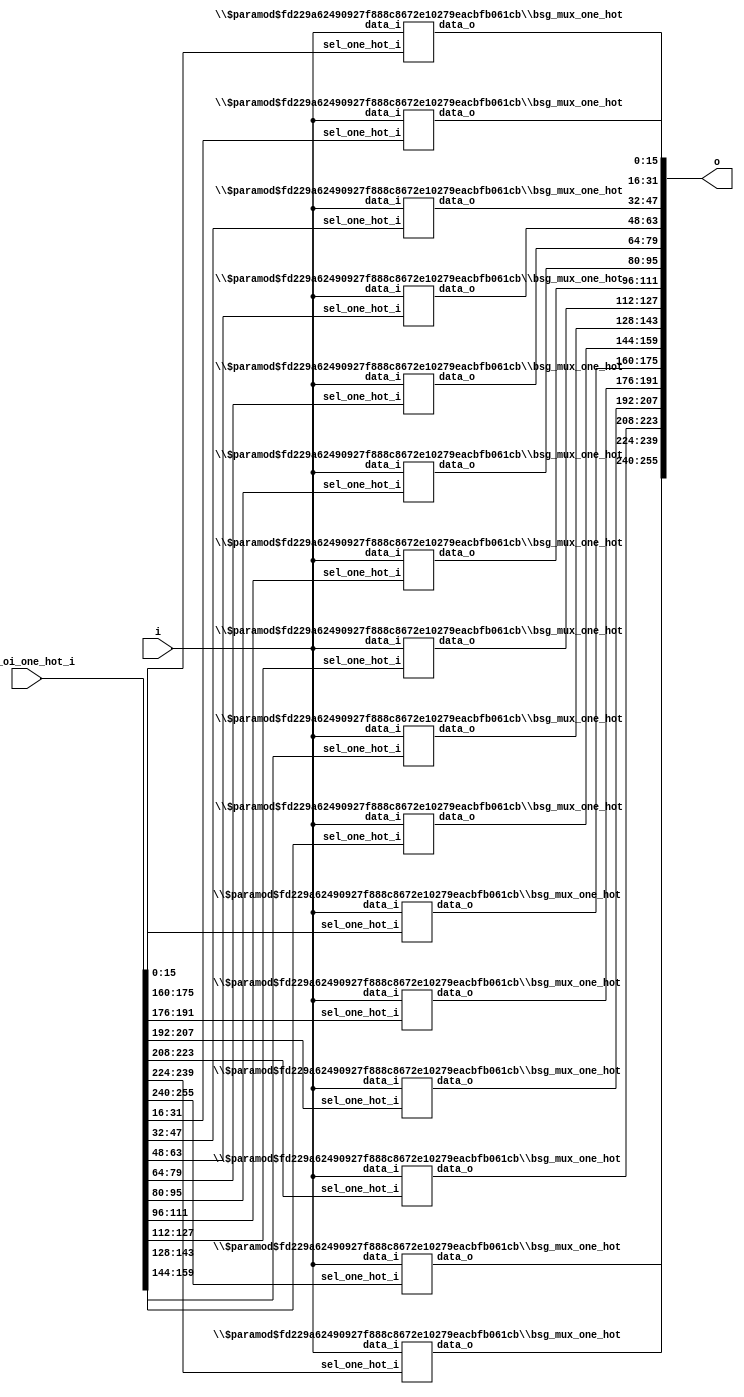
/* Generated by Yosys 0.27+9 (git sha1 101d19bb6, gcc 11.2.0-7ubuntu2 -fPIC -Os) */


module \$paramod$fd229a62490927f888c8672e10279eacbfb061cb\bsg_mux_one_hot (data_i, sel_one_hot_i, data_o);
  wire _000_;
  wire _001_;
  wire _002_;
  wire _003_;
  wire _004_;
  wire _005_;
  wire _006_;
  wire _007_;
  wire _008_;
  wire _009_;
  wire _010_;
  wire _011_;
  wire _012_;
  wire _013_;
  wire _014_;
  wire _015_;
  wire _016_;
  wire _017_;
  wire _018_;
  wire _019_;
  wire _020_;
  wire _021_;
  wire _022_;
  wire _023_;
  wire _024_;
  wire _025_;
  wire _026_;
  wire _027_;
  wire _028_;
  wire _029_;
  wire _030_;
  wire _031_;
  wire _032_;
  wire _033_;
  wire _034_;
  wire _035_;
  wire _036_;
  wire _037_;
  wire _038_;
  wire _039_;
  wire _040_;
  wire _041_;
  wire _042_;
  wire _043_;
  wire _044_;
  wire _045_;
  wire _046_;
  wire _047_;
  wire _048_;
  wire _049_;
  wire _050_;
  wire _051_;
  wire _052_;
  wire _053_;
  wire _054_;
  wire _055_;
  wire _056_;
  wire _057_;
  wire _058_;
  wire _059_;
  wire _060_;
  wire _061_;
  wire _062_;
  wire _063_;
  wire _064_;
  wire _065_;
  wire _066_;
  wire _067_;
  wire _068_;
  wire _069_;
  wire _070_;
  wire _071_;
  wire _072_;
  wire _073_;
  wire _074_;
  wire _075_;
  wire _076_;
  wire _077_;
  wire _078_;
  wire _079_;
  wire _080_;
  wire _081_;
  wire _082_;
  wire _083_;
  wire _084_;
  wire _085_;
  wire _086_;
  wire _087_;
  wire _088_;
  wire _089_;
  wire _090_;
  wire _091_;
  wire _092_;
  wire _093_;
  wire _094_;
  wire _095_;
  wire _096_;
  wire _097_;
  wire _098_;
  wire _099_;
  wire _100_;
  wire _101_;
  wire _102_;
  wire _103_;
  wire _104_;
  wire _105_;
  wire _106_;
  wire _107_;
  wire _108_;
  wire _109_;
  wire _110_;
  wire _111_;
  wire _112_;
  wire _113_;
  wire _114_;
  wire _115_;
  wire _116_;
  wire _117_;
  wire _118_;
  wire _119_;
  wire _120_;
  wire _121_;
  wire _122_;
  wire _123_;
  wire _124_;
  wire _125_;
  wire _126_;
  wire _127_;
  wire _128_;
  wire _129_;
  wire _130_;
  wire _131_;
  wire _132_;
  wire _133_;
  wire _134_;
  wire _135_;
  wire _136_;
  wire _137_;
  wire _138_;
  wire _139_;
  wire _140_;
  wire _141_;
  wire _142_;
  wire _143_;
  wire _144_;
  wire _145_;
  wire _146_;
  wire _147_;
  wire _148_;
  wire _149_;
  wire _150_;
  wire _151_;
  wire _152_;
  wire _153_;
  wire _154_;
  wire _155_;
  wire _156_;
  wire _157_;
  wire _158_;
  wire _159_;
  wire _160_;
  wire _161_;
  wire _162_;
  wire _163_;
  wire _164_;
  wire _165_;
  wire _166_;
  wire _167_;
  wire _168_;
  wire _169_;
  wire _170_;
  wire _171_;
  wire _172_;
  wire _173_;
  wire _174_;
  wire _175_;
  wire _176_;
  wire _177_;
  wire _178_;
  wire _179_;
  wire _180_;
  wire _181_;
  wire _182_;
  wire _183_;
  wire _184_;
  wire _185_;
  wire _186_;
  wire _187_;
  wire _188_;
  wire _189_;
  wire _190_;
  wire _191_;
  wire _192_;
  wire _193_;
  wire _194_;
  wire _195_;
  wire _196_;
  wire _197_;
  wire _198_;
  wire _199_;
  wire _200_;
  wire _201_;
  wire _202_;
  wire _203_;
  wire _204_;
  wire _205_;
  wire _206_;
  wire _207_;
  wire _208_;
  wire _209_;
  wire _210_;
  wire _211_;
  wire _212_;
  wire _213_;
  wire _214_;
  wire _215_;
  wire _216_;
  wire _217_;
  wire _218_;
  wire _219_;
  wire _220_;
  wire _221_;
  wire _222_;
  wire _223_;
  wire _224_;
  wire _225_;
  wire _226_;
  wire _227_;
  wire _228_;
  wire _229_;
  wire _230_;
  wire _231_;
  wire _232_;
  wire _233_;
  wire _234_;
  wire _235_;
  wire _236_;
  wire _237_;
  wire _238_;
  wire _239_;
  wire _240_;
  wire _241_;
  wire _242_;
  wire _243_;
  wire _244_;
  wire _245_;
  wire _246_;
  wire _247_;
  wire _248_;
  wire _249_;
  wire _250_;
  wire _251_;
  wire _252_;
  wire _253_;
  wire _254_;
  wire _255_;
  wire _256_;
  wire _257_;
  wire _258_;
  wire _259_;
  wire _260_;
  wire _261_;
  wire _262_;
  wire _263_;
  wire _264_;
  wire _265_;
  wire _266_;
  wire _267_;
  wire _268_;
  wire _269_;
  wire _270_;
  wire _271_;
  wire _272_;
  wire _273_;
  wire _274_;
  wire _275_;
  wire _276_;
  wire _277_;
  wire _278_;
  wire _279_;
  wire _280_;
  wire _281_;
  wire _282_;
  wire _283_;
  wire _284_;
  wire _285_;
  wire _286_;
  wire _287_;
  wire _288_;
  wire _289_;
  wire _290_;
  wire _291_;
  wire _292_;
  wire _293_;
  wire _294_;
  wire _295_;
  wire _296_;
  wire _297_;
  wire _298_;
  wire _299_;
  wire _300_;
  wire _301_;
  wire _302_;
  wire _303_;
  wire _304_;
  wire _305_;
  wire _306_;
  wire _307_;
  wire _308_;
  wire _309_;
  wire _310_;
  wire _311_;
  wire _312_;
  wire _313_;
  wire _314_;
  wire _315_;
  wire _316_;
  wire _317_;
  wire _318_;
  wire _319_;
  wire _320_;
  wire _321_;
  wire _322_;
  wire _323_;
  wire _324_;
  wire _325_;
  wire _326_;
  wire _327_;
  wire _328_;
  wire _329_;
  wire _330_;
  wire _331_;
  wire _332_;
  wire _333_;
  wire _334_;
  wire _335_;
  wire _336_;
  wire _337_;
  wire _338_;
  wire _339_;
  wire _340_;
  wire _341_;
  wire _342_;
  wire _343_;
  wire _344_;
  wire _345_;
  wire _346_;
  wire _347_;
  wire _348_;
  wire _349_;
  wire _350_;
  wire _351_;
  wire _352_;
  wire _353_;
  wire _354_;
  wire _355_;
  wire _356_;
  wire _357_;
  wire _358_;
  wire _359_;
  wire _360_;
  wire _361_;
  wire _362_;
  wire _363_;
  wire _364_;
  wire _365_;
  wire _366_;
  wire _367_;
  wire _368_;
  wire _369_;
  wire _370_;
  wire _371_;
  wire _372_;
  wire _373_;
  wire _374_;
  wire _375_;
  wire _376_;
  wire _377_;
  wire _378_;
  wire _379_;
  wire _380_;
  wire _381_;
  wire _382_;
  wire _383_;
  wire _384_;
  wire _385_;
  wire _386_;
  wire _387_;
  wire _388_;
  wire _389_;
  wire _390_;
  wire _391_;
  wire _392_;
  wire _393_;
  wire _394_;
  wire _395_;
  wire _396_;
  wire _397_;
  wire _398_;
  wire _399_;
  wire _400_;
  wire _401_;
  wire _402_;
  wire _403_;
  wire _404_;
  wire _405_;
  wire _406_;
  wire _407_;
  wire _408_;
  wire _409_;
  wire _410_;
  wire _411_;
  wire _412_;
  wire _413_;
  wire _414_;
  wire _415_;
  wire _416_;
  wire _417_;
  wire _418_;
  wire _419_;
  wire _420_;
  wire _421_;
  wire _422_;
  wire _423_;
  wire _424_;
  wire _425_;
  wire _426_;
  wire _427_;
  wire _428_;
  wire _429_;
  wire _430_;
  wire _431_;
  wire _432_;
  wire _433_;
  wire _434_;
  wire _435_;
  wire _436_;
  wire _437_;
  wire _438_;
  wire _439_;
  wire _440_;
  wire _441_;
  wire _442_;
  wire _443_;
  wire _444_;
  wire _445_;
  wire _446_;
  wire _447_;
  wire _448_;
  wire _449_;
  wire _450_;
  wire _451_;
  wire _452_;
  wire _453_;
  wire _454_;
  wire _455_;
  wire _456_;
  wire _457_;
  wire _458_;
  wire _459_;
  wire _460_;
  wire _461_;
  wire _462_;
  wire _463_;
  wire _464_;
  wire _465_;
  wire _466_;
  wire _467_;
  wire _468_;
  wire _469_;
  wire _470_;
  wire _471_;
  wire _472_;
  wire _473_;
  wire _474_;
  wire _475_;
  wire _476_;
  wire _477_;
  wire _478_;
  wire _479_;
  
  input [255:0] data_i;
  wire [255:0] data_i;
  
  output [15:0] data_o;
  wire [15:0] data_o;
  
  input [15:0] sel_one_hot_i;
  wire [15:0] sel_one_hot_i;
  assign _319_ = data_i[186] & sel_one_hot_i[11];
  assign _320_ = _319_ | _318_;
  assign _321_ = _320_ | _317_;
  assign _322_ = data_i[202] & sel_one_hot_i[12];
  assign _323_ = data_i[218] & sel_one_hot_i[13];
  assign _324_ = _323_ | _322_;
  assign _325_ = data_i[234] & sel_one_hot_i[14];
  assign _326_ = data_i[250] & sel_one_hot_i[15];
  assign _327_ = _326_ | _325_;
  assign _328_ = _327_ | _324_;
  assign _329_ = _328_ | _321_;
  assign data_o[10] = _329_ | _314_;
  assign _330_ = data_i[11] & sel_one_hot_i[0];
  assign _331_ = data_i[27] & sel_one_hot_i[1];
  assign _332_ = _331_ | _330_;
  assign _333_ = data_i[43] & sel_one_hot_i[2];
  assign _334_ = data_i[59] & sel_one_hot_i[3];
  assign _335_ = _334_ | _333_;
  assign _336_ = _335_ | _332_;
  assign _337_ = data_i[75] & sel_one_hot_i[4];
  assign _338_ = data_i[91] & sel_one_hot_i[5];
  assign _339_ = _338_ | _337_;
  assign _340_ = data_i[107] & sel_one_hot_i[6];
  assign _341_ = data_i[123] & sel_one_hot_i[7];
  assign _342_ = _341_ | _340_;
  assign _343_ = _342_ | _339_;
  assign _344_ = _343_ | _336_;
  assign _345_ = data_i[139] & sel_one_hot_i[8];
  assign _346_ = data_i[155] & sel_one_hot_i[9];
  assign _347_ = _346_ | _345_;
  assign _348_ = data_i[171] & sel_one_hot_i[10];
  assign _349_ = data_i[187] & sel_one_hot_i[11];
  assign _350_ = _349_ | _348_;
  assign _351_ = _350_ | _347_;
  assign _352_ = data_i[203] & sel_one_hot_i[12];
  assign _353_ = data_i[219] & sel_one_hot_i[13];
  assign _354_ = _353_ | _352_;
  assign _355_ = data_i[235] & sel_one_hot_i[14];
  assign _356_ = data_i[251] & sel_one_hot_i[15];
  assign _357_ = _356_ | _355_;
  assign _358_ = _357_ | _354_;
  assign _359_ = _358_ | _351_;
  assign data_o[11] = _359_ | _344_;
  assign _360_ = data_i[12] & sel_one_hot_i[0];
  assign _361_ = data_i[28] & sel_one_hot_i[1];
  assign _362_ = _361_ | _360_;
  assign _363_ = data_i[44] & sel_one_hot_i[2];
  assign _364_ = data_i[60] & sel_one_hot_i[3];
  assign _365_ = _364_ | _363_;
  assign _366_ = _365_ | _362_;
  assign _367_ = data_i[76] & sel_one_hot_i[4];
  assign _368_ = data_i[92] & sel_one_hot_i[5];
  assign _369_ = _368_ | _367_;
  assign _370_ = data_i[108] & sel_one_hot_i[6];
  assign _371_ = data_i[124] & sel_one_hot_i[7];
  assign _372_ = _371_ | _370_;
  assign _373_ = _372_ | _369_;
  assign _374_ = _373_ | _366_;
  assign _375_ = data_i[140] & sel_one_hot_i[8];
  assign _376_ = data_i[156] & sel_one_hot_i[9];
  assign _377_ = _376_ | _375_;
  assign _378_ = data_i[172] & sel_one_hot_i[10];
  assign _379_ = data_i[188] & sel_one_hot_i[11];
  assign _380_ = _379_ | _378_;
  assign _381_ = _380_ | _377_;
  assign _382_ = data_i[204] & sel_one_hot_i[12];
  assign _383_ = data_i[220] & sel_one_hot_i[13];
  assign _384_ = _383_ | _382_;
  assign _385_ = data_i[236] & sel_one_hot_i[14];
  assign _386_ = data_i[252] & sel_one_hot_i[15];
  assign _387_ = _386_ | _385_;
  assign _388_ = _387_ | _384_;
  assign _389_ = _388_ | _381_;
  assign data_o[12] = _389_ | _374_;
  assign _390_ = data_i[13] & sel_one_hot_i[0];
  assign _391_ = data_i[29] & sel_one_hot_i[1];
  assign _392_ = _391_ | _390_;
  assign _393_ = data_i[45] & sel_one_hot_i[2];
  assign _394_ = data_i[61] & sel_one_hot_i[3];
  assign _395_ = _394_ | _393_;
  assign _396_ = _395_ | _392_;
  assign _397_ = data_i[77] & sel_one_hot_i[4];
  assign _398_ = data_i[93] & sel_one_hot_i[5];
  assign _399_ = _398_ | _397_;
  assign _400_ = data_i[109] & sel_one_hot_i[6];
  assign _401_ = data_i[125] & sel_one_hot_i[7];
  assign _402_ = _401_ | _400_;
  assign _403_ = _402_ | _399_;
  assign _404_ = _403_ | _396_;
  assign _405_ = data_i[141] & sel_one_hot_i[8];
  assign _406_ = data_i[157] & sel_one_hot_i[9];
  assign _407_ = _406_ | _405_;
  assign _408_ = data_i[173] & sel_one_hot_i[10];
  assign _409_ = data_i[189] & sel_one_hot_i[11];
  assign _410_ = _409_ | _408_;
  assign _411_ = _410_ | _407_;
  assign _412_ = data_i[205] & sel_one_hot_i[12];
  assign _413_ = data_i[221] & sel_one_hot_i[13];
  assign _414_ = _413_ | _412_;
  assign _415_ = data_i[237] & sel_one_hot_i[14];
  assign _416_ = data_i[253] & sel_one_hot_i[15];
  assign _417_ = _416_ | _415_;
  assign _418_ = _417_ | _414_;
  assign _419_ = _418_ | _411_;
  assign data_o[13] = _419_ | _404_;
  assign _420_ = data_i[14] & sel_one_hot_i[0];
  assign _421_ = data_i[30] & sel_one_hot_i[1];
  assign _422_ = _421_ | _420_;
  assign _423_ = data_i[46] & sel_one_hot_i[2];
  assign _424_ = data_i[62] & sel_one_hot_i[3];
  assign _425_ = _424_ | _423_;
  assign _426_ = _425_ | _422_;
  assign _427_ = data_i[78] & sel_one_hot_i[4];
  assign _428_ = data_i[94] & sel_one_hot_i[5];
  assign _429_ = _428_ | _427_;
  assign _430_ = data_i[110] & sel_one_hot_i[6];
  assign _431_ = data_i[126] & sel_one_hot_i[7];
  assign _432_ = _431_ | _430_;
  assign _433_ = _432_ | _429_;
  assign _434_ = _433_ | _426_;
  assign _435_ = data_i[142] & sel_one_hot_i[8];
  assign _436_ = data_i[158] & sel_one_hot_i[9];
  assign _437_ = _436_ | _435_;
  assign _438_ = data_i[174] & sel_one_hot_i[10];
  assign _439_ = data_i[190] & sel_one_hot_i[11];
  assign _440_ = _439_ | _438_;
  assign _441_ = _440_ | _437_;
  assign _442_ = data_i[206] & sel_one_hot_i[12];
  assign _443_ = data_i[222] & sel_one_hot_i[13];
  assign _444_ = _443_ | _442_;
  assign _445_ = data_i[238] & sel_one_hot_i[14];
  assign _446_ = data_i[254] & sel_one_hot_i[15];
  assign _447_ = _446_ | _445_;
  assign _448_ = _447_ | _444_;
  assign _449_ = _448_ | _441_;
  assign data_o[14] = _449_ | _434_;
  assign _450_ = data_i[15] & sel_one_hot_i[0];
  assign _451_ = data_i[31] & sel_one_hot_i[1];
  assign _452_ = _451_ | _450_;
  assign _453_ = data_i[47] & sel_one_hot_i[2];
  assign _454_ = data_i[63] & sel_one_hot_i[3];
  assign _455_ = _454_ | _453_;
  assign _456_ = _455_ | _452_;
  assign _457_ = data_i[79] & sel_one_hot_i[4];
  assign _458_ = data_i[95] & sel_one_hot_i[5];
  assign _459_ = _458_ | _457_;
  assign _460_ = data_i[111] & sel_one_hot_i[6];
  assign _461_ = data_i[127] & sel_one_hot_i[7];
  assign _462_ = _461_ | _460_;
  assign _463_ = _462_ | _459_;
  assign _464_ = _463_ | _456_;
  assign _465_ = data_i[143] & sel_one_hot_i[8];
  assign _466_ = data_i[159] & sel_one_hot_i[9];
  assign _467_ = _466_ | _465_;
  assign _468_ = data_i[175] & sel_one_hot_i[10];
  assign _469_ = data_i[191] & sel_one_hot_i[11];
  assign _470_ = _469_ | _468_;
  assign _471_ = _470_ | _467_;
  assign _472_ = data_i[207] & sel_one_hot_i[12];
  assign _473_ = data_i[223] & sel_one_hot_i[13];
  assign _474_ = _473_ | _472_;
  assign _475_ = data_i[239] & sel_one_hot_i[14];
  assign _476_ = data_i[255] & sel_one_hot_i[15];
  assign _477_ = _476_ | _475_;
  assign _478_ = _477_ | _474_;
  assign _479_ = _478_ | _471_;
  assign data_o[15] = _479_ | _464_;
  assign _000_ = sel_one_hot_i[0] & data_i[0];
  assign _001_ = sel_one_hot_i[1] & data_i[16];
  assign _002_ = _001_ | _000_;
  assign _003_ = sel_one_hot_i[2] & data_i[32];
  assign _004_ = sel_one_hot_i[3] & data_i[48];
  assign _005_ = _004_ | _003_;
  assign _006_ = _005_ | _002_;
  assign _007_ = sel_one_hot_i[4] & data_i[64];
  assign _008_ = sel_one_hot_i[5] & data_i[80];
  assign _009_ = _008_ | _007_;
  assign _010_ = sel_one_hot_i[6] & data_i[96];
  assign _011_ = sel_one_hot_i[7] & data_i[112];
  assign _012_ = _011_ | _010_;
  assign _013_ = _012_ | _009_;
  assign _014_ = _013_ | _006_;
  assign _015_ = sel_one_hot_i[8] & data_i[128];
  assign _016_ = sel_one_hot_i[9] & data_i[144];
  assign _017_ = _016_ | _015_;
  assign _018_ = sel_one_hot_i[10] & data_i[160];
  assign _019_ = sel_one_hot_i[11] & data_i[176];
  assign _020_ = _019_ | _018_;
  assign _021_ = _020_ | _017_;
  assign _022_ = sel_one_hot_i[12] & data_i[192];
  assign _023_ = sel_one_hot_i[13] & data_i[208];
  assign _024_ = _023_ | _022_;
  assign _025_ = sel_one_hot_i[14] & data_i[224];
  assign _026_ = sel_one_hot_i[15] & data_i[240];
  assign _027_ = _026_ | _025_;
  assign _028_ = _027_ | _024_;
  assign _029_ = _028_ | _021_;
  assign data_o[0] = _029_ | _014_;
  assign _030_ = data_i[1] & sel_one_hot_i[0];
  assign _031_ = data_i[17] & sel_one_hot_i[1];
  assign _032_ = _031_ | _030_;
  assign _033_ = data_i[33] & sel_one_hot_i[2];
  assign _034_ = data_i[49] & sel_one_hot_i[3];
  assign _035_ = _034_ | _033_;
  assign _036_ = _035_ | _032_;
  assign _037_ = data_i[65] & sel_one_hot_i[4];
  assign _038_ = data_i[81] & sel_one_hot_i[5];
  assign _039_ = _038_ | _037_;
  assign _040_ = data_i[97] & sel_one_hot_i[6];
  assign _041_ = data_i[113] & sel_one_hot_i[7];
  assign _042_ = _041_ | _040_;
  assign _043_ = _042_ | _039_;
  assign _044_ = _043_ | _036_;
  assign _045_ = data_i[129] & sel_one_hot_i[8];
  assign _046_ = data_i[145] & sel_one_hot_i[9];
  assign _047_ = _046_ | _045_;
  assign _048_ = data_i[161] & sel_one_hot_i[10];
  assign _049_ = data_i[177] & sel_one_hot_i[11];
  assign _050_ = _049_ | _048_;
  assign _051_ = _050_ | _047_;
  assign _052_ = data_i[193] & sel_one_hot_i[12];
  assign _053_ = data_i[209] & sel_one_hot_i[13];
  assign _054_ = _053_ | _052_;
  assign _055_ = data_i[225] & sel_one_hot_i[14];
  assign _056_ = data_i[241] & sel_one_hot_i[15];
  assign _057_ = _056_ | _055_;
  assign _058_ = _057_ | _054_;
  assign _059_ = _058_ | _051_;
  assign data_o[1] = _059_ | _044_;
  assign _060_ = data_i[2] & sel_one_hot_i[0];
  assign _061_ = data_i[18] & sel_one_hot_i[1];
  assign _062_ = _061_ | _060_;
  assign _063_ = data_i[34] & sel_one_hot_i[2];
  assign _064_ = data_i[50] & sel_one_hot_i[3];
  assign _065_ = _064_ | _063_;
  assign _066_ = _065_ | _062_;
  assign _067_ = data_i[66] & sel_one_hot_i[4];
  assign _068_ = data_i[82] & sel_one_hot_i[5];
  assign _069_ = _068_ | _067_;
  assign _070_ = data_i[98] & sel_one_hot_i[6];
  assign _071_ = data_i[114] & sel_one_hot_i[7];
  assign _072_ = _071_ | _070_;
  assign _073_ = _072_ | _069_;
  assign _074_ = _073_ | _066_;
  assign _075_ = data_i[130] & sel_one_hot_i[8];
  assign _076_ = data_i[146] & sel_one_hot_i[9];
  assign _077_ = _076_ | _075_;
  assign _078_ = data_i[162] & sel_one_hot_i[10];
  assign _079_ = data_i[178] & sel_one_hot_i[11];
  assign _080_ = _079_ | _078_;
  assign _081_ = _080_ | _077_;
  assign _082_ = data_i[194] & sel_one_hot_i[12];
  assign _083_ = data_i[210] & sel_one_hot_i[13];
  assign _084_ = _083_ | _082_;
  assign _085_ = data_i[226] & sel_one_hot_i[14];
  assign _086_ = data_i[242] & sel_one_hot_i[15];
  assign _087_ = _086_ | _085_;
  assign _088_ = _087_ | _084_;
  assign _089_ = _088_ | _081_;
  assign data_o[2] = _089_ | _074_;
  assign _090_ = data_i[3] & sel_one_hot_i[0];
  assign _091_ = data_i[19] & sel_one_hot_i[1];
  assign _092_ = _091_ | _090_;
  assign _093_ = data_i[35] & sel_one_hot_i[2];
  assign _094_ = data_i[51] & sel_one_hot_i[3];
  assign _095_ = _094_ | _093_;
  assign _096_ = _095_ | _092_;
  assign _097_ = data_i[67] & sel_one_hot_i[4];
  assign _098_ = data_i[83] & sel_one_hot_i[5];
  assign _099_ = _098_ | _097_;
  assign _100_ = data_i[99] & sel_one_hot_i[6];
  assign _101_ = data_i[115] & sel_one_hot_i[7];
  assign _102_ = _101_ | _100_;
  assign _103_ = _102_ | _099_;
  assign _104_ = _103_ | _096_;
  assign _105_ = data_i[131] & sel_one_hot_i[8];
  assign _106_ = data_i[147] & sel_one_hot_i[9];
  assign _107_ = _106_ | _105_;
  assign _108_ = data_i[163] & sel_one_hot_i[10];
  assign _109_ = data_i[179] & sel_one_hot_i[11];
  assign _110_ = _109_ | _108_;
  assign _111_ = _110_ | _107_;
  assign _112_ = data_i[195] & sel_one_hot_i[12];
  assign _113_ = data_i[211] & sel_one_hot_i[13];
  assign _114_ = _113_ | _112_;
  assign _115_ = data_i[227] & sel_one_hot_i[14];
  assign _116_ = data_i[243] & sel_one_hot_i[15];
  assign _117_ = _116_ | _115_;
  assign _118_ = _117_ | _114_;
  assign _119_ = _118_ | _111_;
  assign data_o[3] = _119_ | _104_;
  assign _120_ = data_i[4] & sel_one_hot_i[0];
  assign _121_ = data_i[20] & sel_one_hot_i[1];
  assign _122_ = _121_ | _120_;
  assign _123_ = data_i[36] & sel_one_hot_i[2];
  assign _124_ = data_i[52] & sel_one_hot_i[3];
  assign _125_ = _124_ | _123_;
  assign _126_ = _125_ | _122_;
  assign _127_ = data_i[68] & sel_one_hot_i[4];
  assign _128_ = data_i[84] & sel_one_hot_i[5];
  assign _129_ = _128_ | _127_;
  assign _130_ = data_i[100] & sel_one_hot_i[6];
  assign _131_ = data_i[116] & sel_one_hot_i[7];
  assign _132_ = _131_ | _130_;
  assign _133_ = _132_ | _129_;
  assign _134_ = _133_ | _126_;
  assign _135_ = data_i[132] & sel_one_hot_i[8];
  assign _136_ = data_i[148] & sel_one_hot_i[9];
  assign _137_ = _136_ | _135_;
  assign _138_ = data_i[164] & sel_one_hot_i[10];
  assign _139_ = data_i[180] & sel_one_hot_i[11];
  assign _140_ = _139_ | _138_;
  assign _141_ = _140_ | _137_;
  assign _142_ = data_i[196] & sel_one_hot_i[12];
  assign _143_ = data_i[212] & sel_one_hot_i[13];
  assign _144_ = _143_ | _142_;
  assign _145_ = data_i[228] & sel_one_hot_i[14];
  assign _146_ = data_i[244] & sel_one_hot_i[15];
  assign _147_ = _146_ | _145_;
  assign _148_ = _147_ | _144_;
  assign _149_ = _148_ | _141_;
  assign data_o[4] = _149_ | _134_;
  assign _150_ = data_i[5] & sel_one_hot_i[0];
  assign _151_ = data_i[21] & sel_one_hot_i[1];
  assign _152_ = _151_ | _150_;
  assign _153_ = data_i[37] & sel_one_hot_i[2];
  assign _154_ = data_i[53] & sel_one_hot_i[3];
  assign _155_ = _154_ | _153_;
  assign _156_ = _155_ | _152_;
  assign _157_ = data_i[69] & sel_one_hot_i[4];
  assign _158_ = data_i[85] & sel_one_hot_i[5];
  assign _159_ = _158_ | _157_;
  assign _160_ = data_i[101] & sel_one_hot_i[6];
  assign _161_ = data_i[117] & sel_one_hot_i[7];
  assign _162_ = _161_ | _160_;
  assign _163_ = _162_ | _159_;
  assign _164_ = _163_ | _156_;
  assign _165_ = data_i[133] & sel_one_hot_i[8];
  assign _166_ = data_i[149] & sel_one_hot_i[9];
  assign _167_ = _166_ | _165_;
  assign _168_ = data_i[165] & sel_one_hot_i[10];
  assign _169_ = data_i[181] & sel_one_hot_i[11];
  assign _170_ = _169_ | _168_;
  assign _171_ = _170_ | _167_;
  assign _172_ = data_i[197] & sel_one_hot_i[12];
  assign _173_ = data_i[213] & sel_one_hot_i[13];
  assign _174_ = _173_ | _172_;
  assign _175_ = data_i[229] & sel_one_hot_i[14];
  assign _176_ = data_i[245] & sel_one_hot_i[15];
  assign _177_ = _176_ | _175_;
  assign _178_ = _177_ | _174_;
  assign _179_ = _178_ | _171_;
  assign data_o[5] = _179_ | _164_;
  assign _180_ = data_i[6] & sel_one_hot_i[0];
  assign _181_ = data_i[22] & sel_one_hot_i[1];
  assign _182_ = _181_ | _180_;
  assign _183_ = data_i[38] & sel_one_hot_i[2];
  assign _184_ = data_i[54] & sel_one_hot_i[3];
  assign _185_ = _184_ | _183_;
  assign _186_ = _185_ | _182_;
  assign _187_ = data_i[70] & sel_one_hot_i[4];
  assign _188_ = data_i[86] & sel_one_hot_i[5];
  assign _189_ = _188_ | _187_;
  assign _190_ = data_i[102] & sel_one_hot_i[6];
  assign _191_ = data_i[118] & sel_one_hot_i[7];
  assign _192_ = _191_ | _190_;
  assign _193_ = _192_ | _189_;
  assign _194_ = _193_ | _186_;
  assign _195_ = data_i[134] & sel_one_hot_i[8];
  assign _196_ = data_i[150] & sel_one_hot_i[9];
  assign _197_ = _196_ | _195_;
  assign _198_ = data_i[166] & sel_one_hot_i[10];
  assign _199_ = data_i[182] & sel_one_hot_i[11];
  assign _200_ = _199_ | _198_;
  assign _201_ = _200_ | _197_;
  assign _202_ = data_i[198] & sel_one_hot_i[12];
  assign _203_ = data_i[214] & sel_one_hot_i[13];
  assign _204_ = _203_ | _202_;
  assign _205_ = data_i[230] & sel_one_hot_i[14];
  assign _206_ = data_i[246] & sel_one_hot_i[15];
  assign _207_ = _206_ | _205_;
  assign _208_ = _207_ | _204_;
  assign _209_ = _208_ | _201_;
  assign data_o[6] = _209_ | _194_;
  assign _210_ = data_i[7] & sel_one_hot_i[0];
  assign _211_ = data_i[23] & sel_one_hot_i[1];
  assign _212_ = _211_ | _210_;
  assign _213_ = data_i[39] & sel_one_hot_i[2];
  assign _214_ = data_i[55] & sel_one_hot_i[3];
  assign _215_ = _214_ | _213_;
  assign _216_ = _215_ | _212_;
  assign _217_ = data_i[71] & sel_one_hot_i[4];
  assign _218_ = data_i[87] & sel_one_hot_i[5];
  assign _219_ = _218_ | _217_;
  assign _220_ = data_i[103] & sel_one_hot_i[6];
  assign _221_ = data_i[119] & sel_one_hot_i[7];
  assign _222_ = _221_ | _220_;
  assign _223_ = _222_ | _219_;
  assign _224_ = _223_ | _216_;
  assign _225_ = data_i[135] & sel_one_hot_i[8];
  assign _226_ = data_i[151] & sel_one_hot_i[9];
  assign _227_ = _226_ | _225_;
  assign _228_ = data_i[167] & sel_one_hot_i[10];
  assign _229_ = data_i[183] & sel_one_hot_i[11];
  assign _230_ = _229_ | _228_;
  assign _231_ = _230_ | _227_;
  assign _232_ = data_i[199] & sel_one_hot_i[12];
  assign _233_ = data_i[215] & sel_one_hot_i[13];
  assign _234_ = _233_ | _232_;
  assign _235_ = data_i[231] & sel_one_hot_i[14];
  assign _236_ = data_i[247] & sel_one_hot_i[15];
  assign _237_ = _236_ | _235_;
  assign _238_ = _237_ | _234_;
  assign _239_ = _238_ | _231_;
  assign data_o[7] = _239_ | _224_;
  assign _240_ = data_i[8] & sel_one_hot_i[0];
  assign _241_ = data_i[24] & sel_one_hot_i[1];
  assign _242_ = _241_ | _240_;
  assign _243_ = data_i[40] & sel_one_hot_i[2];
  assign _244_ = data_i[56] & sel_one_hot_i[3];
  assign _245_ = _244_ | _243_;
  assign _246_ = _245_ | _242_;
  assign _247_ = data_i[72] & sel_one_hot_i[4];
  assign _248_ = data_i[88] & sel_one_hot_i[5];
  assign _249_ = _248_ | _247_;
  assign _250_ = data_i[104] & sel_one_hot_i[6];
  assign _251_ = data_i[120] & sel_one_hot_i[7];
  assign _252_ = _251_ | _250_;
  assign _253_ = _252_ | _249_;
  assign _254_ = _253_ | _246_;
  assign _255_ = data_i[136] & sel_one_hot_i[8];
  assign _256_ = data_i[152] & sel_one_hot_i[9];
  assign _257_ = _256_ | _255_;
  assign _258_ = data_i[168] & sel_one_hot_i[10];
  assign _259_ = data_i[184] & sel_one_hot_i[11];
  assign _260_ = _259_ | _258_;
  assign _261_ = _260_ | _257_;
  assign _262_ = data_i[200] & sel_one_hot_i[12];
  assign _263_ = data_i[216] & sel_one_hot_i[13];
  assign _264_ = _263_ | _262_;
  assign _265_ = data_i[232] & sel_one_hot_i[14];
  assign _266_ = data_i[248] & sel_one_hot_i[15];
  assign _267_ = _266_ | _265_;
  assign _268_ = _267_ | _264_;
  assign _269_ = _268_ | _261_;
  assign data_o[8] = _269_ | _254_;
  assign _270_ = data_i[9] & sel_one_hot_i[0];
  assign _271_ = data_i[25] & sel_one_hot_i[1];
  assign _272_ = _271_ | _270_;
  assign _273_ = data_i[41] & sel_one_hot_i[2];
  assign _274_ = data_i[57] & sel_one_hot_i[3];
  assign _275_ = _274_ | _273_;
  assign _276_ = _275_ | _272_;
  assign _277_ = data_i[73] & sel_one_hot_i[4];
  assign _278_ = data_i[89] & sel_one_hot_i[5];
  assign _279_ = _278_ | _277_;
  assign _280_ = data_i[105] & sel_one_hot_i[6];
  assign _281_ = data_i[121] & sel_one_hot_i[7];
  assign _282_ = _281_ | _280_;
  assign _283_ = _282_ | _279_;
  assign _284_ = _283_ | _276_;
  assign _285_ = data_i[137] & sel_one_hot_i[8];
  assign _286_ = data_i[153] & sel_one_hot_i[9];
  assign _287_ = _286_ | _285_;
  assign _288_ = data_i[169] & sel_one_hot_i[10];
  assign _289_ = data_i[185] & sel_one_hot_i[11];
  assign _290_ = _289_ | _288_;
  assign _291_ = _290_ | _287_;
  assign _292_ = data_i[201] & sel_one_hot_i[12];
  assign _293_ = data_i[217] & sel_one_hot_i[13];
  assign _294_ = _293_ | _292_;
  assign _295_ = data_i[233] & sel_one_hot_i[14];
  assign _296_ = data_i[249] & sel_one_hot_i[15];
  assign _297_ = _296_ | _295_;
  assign _298_ = _297_ | _294_;
  assign _299_ = _298_ | _291_;
  assign data_o[9] = _299_ | _284_;
  assign _300_ = data_i[10] & sel_one_hot_i[0];
  assign _301_ = data_i[26] & sel_one_hot_i[1];
  assign _302_ = _301_ | _300_;
  assign _303_ = data_i[42] & sel_one_hot_i[2];
  assign _304_ = data_i[58] & sel_one_hot_i[3];
  assign _305_ = _304_ | _303_;
  assign _306_ = _305_ | _302_;
  assign _307_ = data_i[74] & sel_one_hot_i[4];
  assign _308_ = data_i[90] & sel_one_hot_i[5];
  assign _309_ = _308_ | _307_;
  assign _310_ = data_i[106] & sel_one_hot_i[6];
  assign _311_ = data_i[122] & sel_one_hot_i[7];
  assign _312_ = _311_ | _310_;
  assign _313_ = _312_ | _309_;
  assign _314_ = _313_ | _306_;
  assign _315_ = data_i[138] & sel_one_hot_i[8];
  assign _316_ = data_i[154] & sel_one_hot_i[9];
  assign _317_ = _316_ | _315_;
  assign _318_ = data_i[170] & sel_one_hot_i[10];
endmodule

(* top =  1  *)

module bsg_crossbar_o_by_i(i, sel_oi_one_hot_i, o);
  
  input [255:0] i;
  wire [255:0] i;
  
  output [255:0] o;
  wire [255:0] o;
  
  input [255:0] sel_oi_one_hot_i;
  wire [255:0] sel_oi_one_hot_i;
  (* module_not_derived = 32'd1 *)
  
  \$paramod$fd229a62490927f888c8672e10279eacbfb061cb\bsg_mux_one_hot  \l[0].mux_one_hot  (
    .data_i(i),
    .data_o(o[15:0]),
    .sel_one_hot_i(sel_oi_one_hot_i[15:0])
  );
  (* module_not_derived = 32'd1 *)
  
  \$paramod$fd229a62490927f888c8672e10279eacbfb061cb\bsg_mux_one_hot  \l[10].mux_one_hot  (
    .data_i(i),
    .data_o(o[175:160]),
    .sel_one_hot_i(sel_oi_one_hot_i[175:160])
  );
  (* module_not_derived = 32'd1 *)
  
  \$paramod$fd229a62490927f888c8672e10279eacbfb061cb\bsg_mux_one_hot  \l[11].mux_one_hot  (
    .data_i(i),
    .data_o(o[191:176]),
    .sel_one_hot_i(sel_oi_one_hot_i[191:176])
  );
  (* module_not_derived = 32'd1 *)
  
  \$paramod$fd229a62490927f888c8672e10279eacbfb061cb\bsg_mux_one_hot  \l[12].mux_one_hot  (
    .data_i(i),
    .data_o(o[207:192]),
    .sel_one_hot_i(sel_oi_one_hot_i[207:192])
  );
  (* module_not_derived = 32'd1 *)
  
  \$paramod$fd229a62490927f888c8672e10279eacbfb061cb\bsg_mux_one_hot  \l[13].mux_one_hot  (
    .data_i(i),
    .data_o(o[223:208]),
    .sel_one_hot_i(sel_oi_one_hot_i[223:208])
  );
  (* module_not_derived = 32'd1 *)
  
  \$paramod$fd229a62490927f888c8672e10279eacbfb061cb\bsg_mux_one_hot  \l[14].mux_one_hot  (
    .data_i(i),
    .data_o(o[239:224]),
    .sel_one_hot_i(sel_oi_one_hot_i[239:224])
  );
  (* module_not_derived = 32'd1 *)
  
  \$paramod$fd229a62490927f888c8672e10279eacbfb061cb\bsg_mux_one_hot  \l[15].mux_one_hot  (
    .data_i(i),
    .data_o(o[255:240]),
    .sel_one_hot_i(sel_oi_one_hot_i[255:240])
  );
  (* module_not_derived = 32'd1 *)
  
  \$paramod$fd229a62490927f888c8672e10279eacbfb061cb\bsg_mux_one_hot  \l[1].mux_one_hot  (
    .data_i(i),
    .data_o(o[31:16]),
    .sel_one_hot_i(sel_oi_one_hot_i[31:16])
  );
  (* module_not_derived = 32'd1 *)
  
  \$paramod$fd229a62490927f888c8672e10279eacbfb061cb\bsg_mux_one_hot  \l[2].mux_one_hot  (
    .data_i(i),
    .data_o(o[47:32]),
    .sel_one_hot_i(sel_oi_one_hot_i[47:32])
  );
  (* module_not_derived = 32'd1 *)
  
  \$paramod$fd229a62490927f888c8672e10279eacbfb061cb\bsg_mux_one_hot  \l[3].mux_one_hot  (
    .data_i(i),
    .data_o(o[63:48]),
    .sel_one_hot_i(sel_oi_one_hot_i[63:48])
  );
  (* module_not_derived = 32'd1 *)
  
  \$paramod$fd229a62490927f888c8672e10279eacbfb061cb\bsg_mux_one_hot  \l[4].mux_one_hot  (
    .data_i(i),
    .data_o(o[79:64]),
    .sel_one_hot_i(sel_oi_one_hot_i[79:64])
  );
  (* module_not_derived = 32'd1 *)
  
  \$paramod$fd229a62490927f888c8672e10279eacbfb061cb\bsg_mux_one_hot  \l[5].mux_one_hot  (
    .data_i(i),
    .data_o(o[95:80]),
    .sel_one_hot_i(sel_oi_one_hot_i[95:80])
  );
  (* module_not_derived = 32'd1 *)
  
  \$paramod$fd229a62490927f888c8672e10279eacbfb061cb\bsg_mux_one_hot  \l[6].mux_one_hot  (
    .data_i(i),
    .data_o(o[111:96]),
    .sel_one_hot_i(sel_oi_one_hot_i[111:96])
  );
  (* module_not_derived = 32'd1 *)
  
  \$paramod$fd229a62490927f888c8672e10279eacbfb061cb\bsg_mux_one_hot  \l[7].mux_one_hot  (
    .data_i(i),
    .data_o(o[127:112]),
    .sel_one_hot_i(sel_oi_one_hot_i[127:112])
  );
  (* module_not_derived = 32'd1 *)
  
  \$paramod$fd229a62490927f888c8672e10279eacbfb061cb\bsg_mux_one_hot  \l[8].mux_one_hot  (
    .data_i(i),
    .data_o(o[143:128]),
    .sel_one_hot_i(sel_oi_one_hot_i[143:128])
  );
  (* module_not_derived = 32'd1 *)
  
  \$paramod$fd229a62490927f888c8672e10279eacbfb061cb\bsg_mux_one_hot  \l[9].mux_one_hot  (
    .data_i(i),
    .data_o(o[159:144]),
    .sel_one_hot_i(sel_oi_one_hot_i[159:144])
  );
endmodule